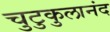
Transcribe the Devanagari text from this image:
चुटुकुलानंद